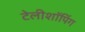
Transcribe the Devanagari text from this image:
टेलीशॉपिंग